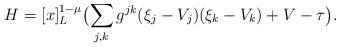
LaTeX: \begin{align*}H=[x]_L^{1-\mu }\bigl(\sum_{j,k} g^{jk}(\xi_j-V_j)(\xi_k-V_k)+V- \tau \bigr).\end{align*}